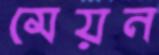
মেয়ন